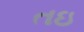
તઇ